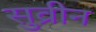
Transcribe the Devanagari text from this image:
सुव्रीन